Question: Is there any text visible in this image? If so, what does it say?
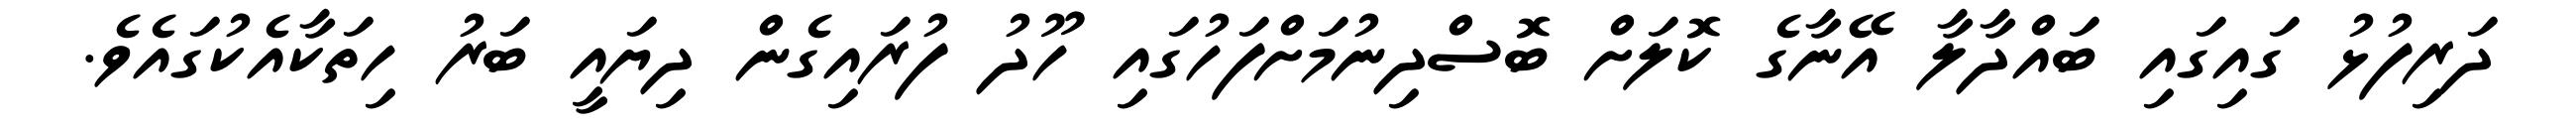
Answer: ދަރިފުޅު ގައިގައި ބައްދާލާ އޭނާގެ ކޮލަށް ބޮސްދިނުމަށްފަހުގައި ހޫދު ފުރައިގެން ދިޔައީ ބަރު ހިތަކާއެކުގައެވެ.